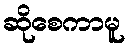
ဆိုစေကာမူ